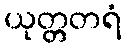
ယုတ္တတရံ